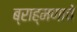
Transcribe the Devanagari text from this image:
ब्राह्मणाचें